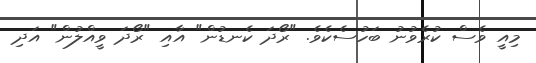
މިއީ ވެސް ކުރެވުނު ބަހުސެކެވެ. "ރޯދަ ކެނޑުން" އާއި "ރޯދަ ވީއްލުން" އަދި